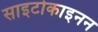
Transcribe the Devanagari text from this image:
साइटोकाइनन